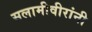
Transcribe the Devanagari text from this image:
सलामीवीरांनी